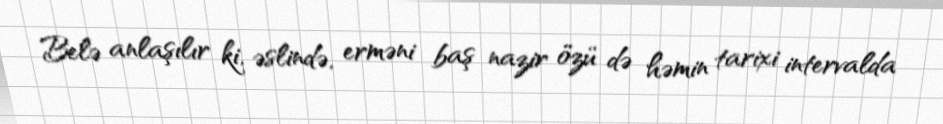
Belə anlaşılır ki, əslində, erməni baş nazir özü də həmin tarixi intervalda